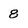
Character: 8